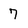
Character: 7